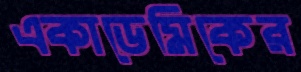
একাডেমিকের